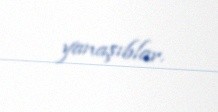
yanaşıblar.